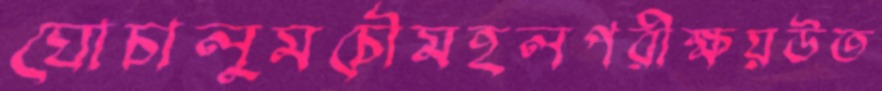
ঘোচালুমচৌমহলপরীক্ষয়উত